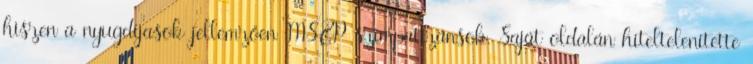
hiszen a nyugdíjasok jellemzően MSZP szimpatizánsok. Saját oldalán hiteltelenítette